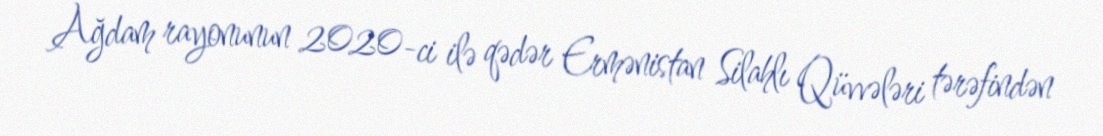
Ağdam rayonunun 2020-ci ilə qədər Ermənistan Silahlı Qüvvələri tərəfindən